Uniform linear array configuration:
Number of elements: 12
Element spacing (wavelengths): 0.75
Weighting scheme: uniform
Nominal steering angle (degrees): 30
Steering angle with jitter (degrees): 29.126
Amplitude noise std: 0.05
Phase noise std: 0.05

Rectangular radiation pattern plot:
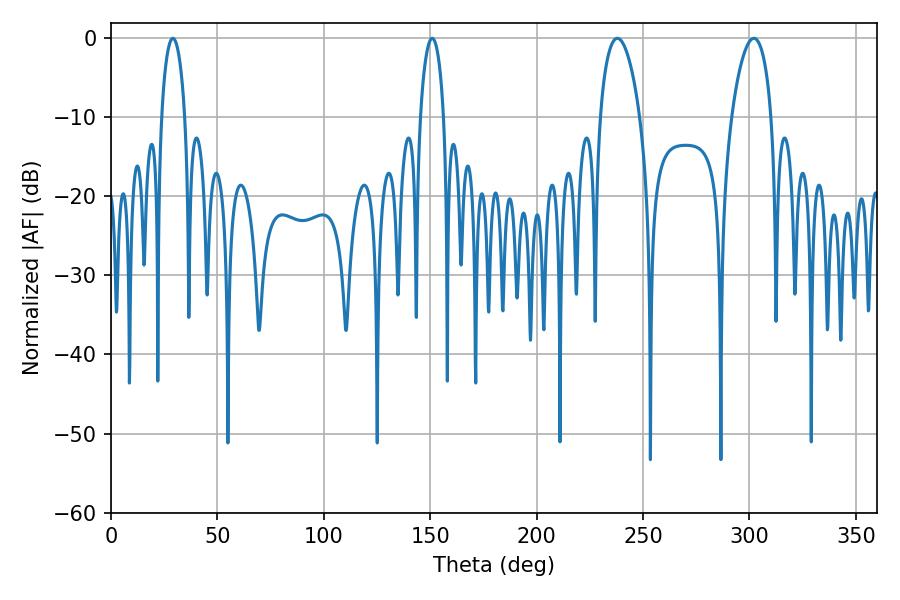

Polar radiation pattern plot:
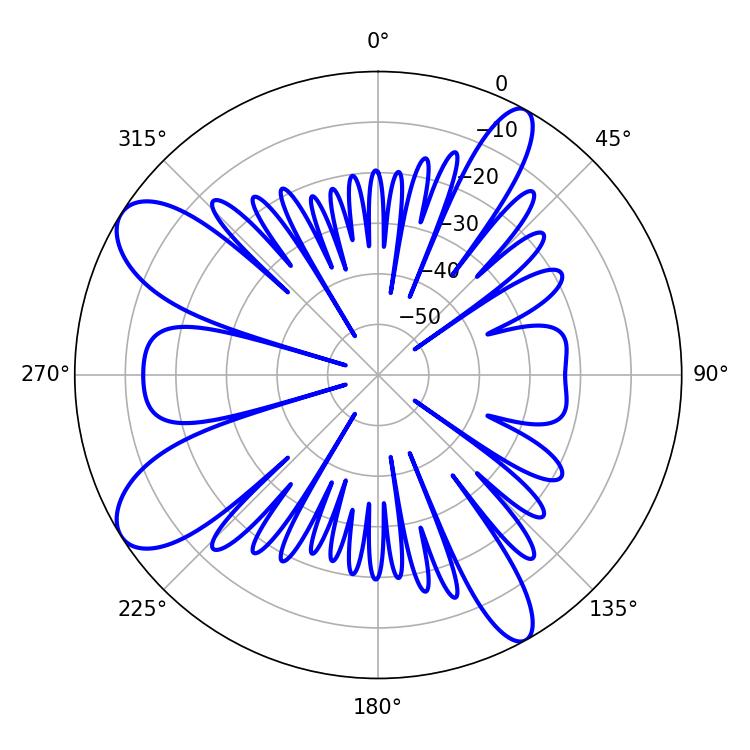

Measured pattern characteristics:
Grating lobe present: TRUE
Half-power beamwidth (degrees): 10.44
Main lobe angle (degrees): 237.96